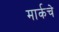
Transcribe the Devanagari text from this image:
मार्कचे